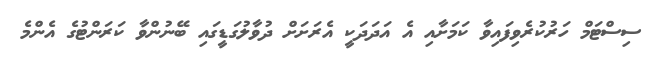
ސިސްޓަމް ހަރުކުރެވިފައިވާ ކަމަށާއި އެ އަދަދަކީ އެރަށަށް ދުވާލުގަޑީގައި ބޭނުންވާ ކަރަންޓުގެ އެންމެ